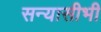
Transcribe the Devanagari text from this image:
सन्यासीभी